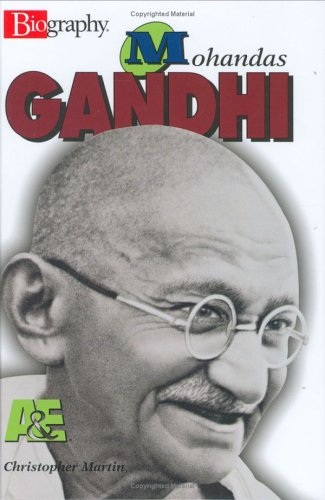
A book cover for Mohandas Gandhi (Biography (Lerner Hardcover)); Christopher Martin; Teen & Young Adult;